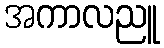
အကာလညူ